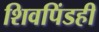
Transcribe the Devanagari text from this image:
शिवपिंडही